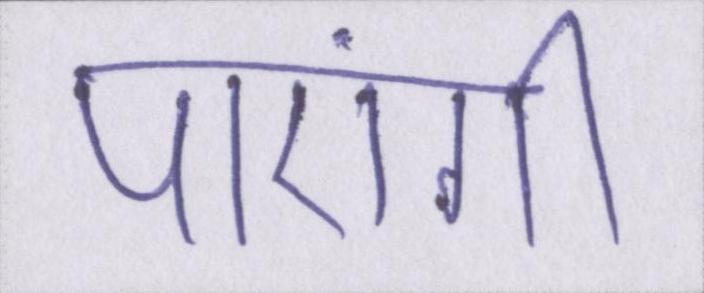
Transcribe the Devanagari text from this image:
पाएंगीं